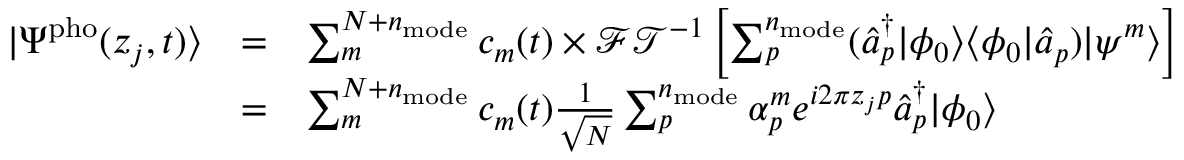
\begin{array} { c c l } { | \Psi ^ { \mathrm { p h o } } ( z _ { j } , t ) \rangle } & { = } & { \sum _ { m } ^ { N + n _ { \mathrm { m o d e } } } c _ { m } ( t ) \times \mathcal { F T } ^ { - 1 } \left[ \sum _ { p } ^ { n _ { \mathrm { m o d e } } } ( \hat { a } _ { p } ^ { \dagger } | \phi _ { 0 } \rangle \langle \phi _ { 0 } | \hat { a } _ { p } ) | \psi ^ { m } \rangle \right] } \\ & { = } & { \sum _ { m } ^ { N + n _ { \mathrm { m o d e } } } c _ { m } ( t ) \frac { 1 } { \sqrt N } \sum _ { p } ^ { n _ { \mathrm { m o d e } } } \alpha _ { p } ^ { m } e ^ { i 2 \pi z _ { j } p } \hat { a } _ { p } ^ { \dagger } | \phi _ { 0 } \rangle } \end{array}